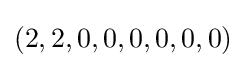
(2,2,0,0,0,0,0,0)